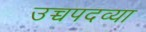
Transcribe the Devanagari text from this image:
उच्चपदव्या